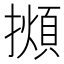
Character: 𢶃